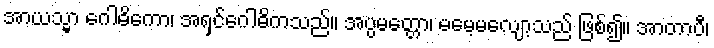
အာယသ္မာ ဂေါဓိကော၊ အရှင်ဂေါဓိကသည်။ အပ္ပမတ္တော၊ မမေ့မလျော့သည် ဖြစ်၍။ အာတာပီ၊